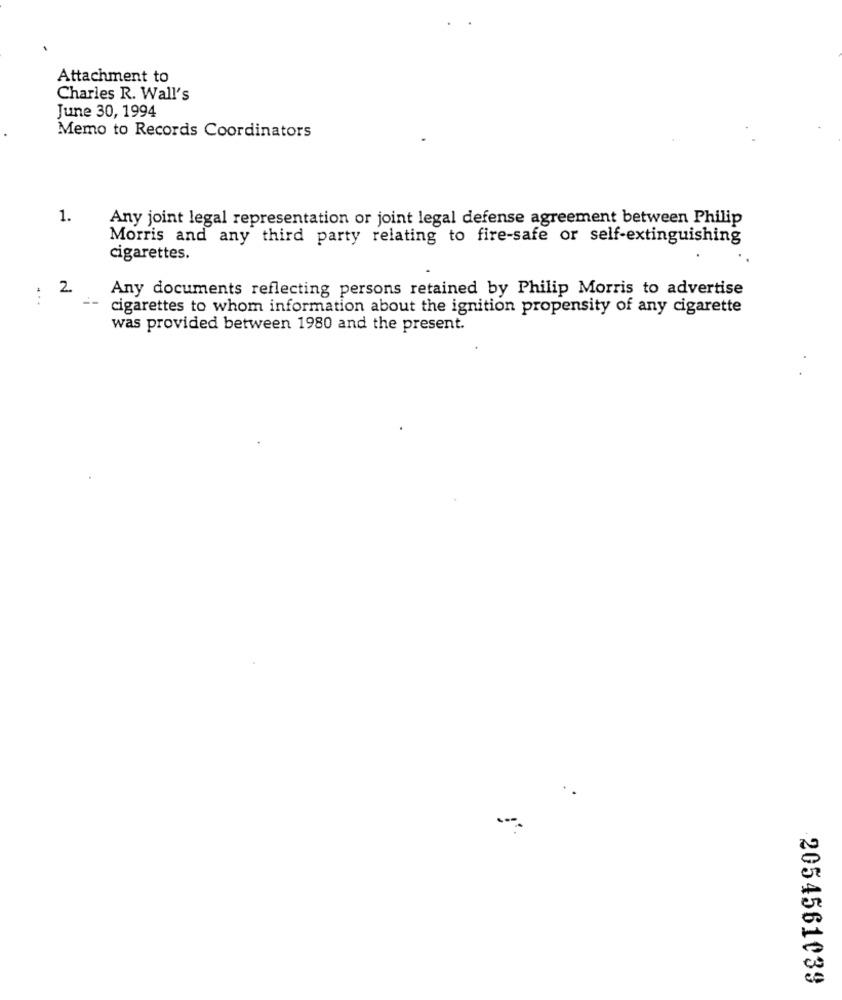
Attachment to
Charles R. Wall's
June 30, 1994
Memo to Records Coordinators
1.
Any joint legal representation or joint legal defense agreement between Philip
Morris and any third party relating to fire-safe or self-extinguishing
cigarettes.
2
Any documents reflecting persons retained by Philip Morris to advertise
...
cigarettes to whom information about the ignition propensity of any cigarette
was provided between 1980 and the present.
2054561039